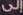
إلى